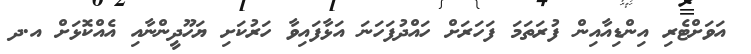
އަވަށްޓެރި އިންޑިއާއިން ފުރަތަމަ ފަހަރަށް ހައްދުފަހަނަ އަޅާފައިވާ ހަރުކަށި ޔަހޫދީންނާއި އެއްކޮޅަށް އ.ދ